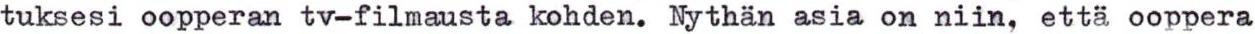
tuksesi oopperan tv-filmausta kohden. Nythän asia on niin, että ooppera